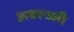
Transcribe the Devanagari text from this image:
अबरूज्जी